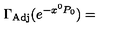
\Gamma _ { \mathrm { A d j } } ( e ^ { - x ^ { 0 } P _ { 0 } } ) =